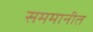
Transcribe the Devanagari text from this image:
सममानीत